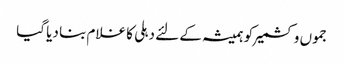
جموں وکشمیر کو ہمیشہ کے لئے دہلی کا غلام بنا دیا گیا